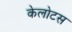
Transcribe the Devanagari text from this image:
केलोटस